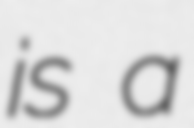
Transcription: is a